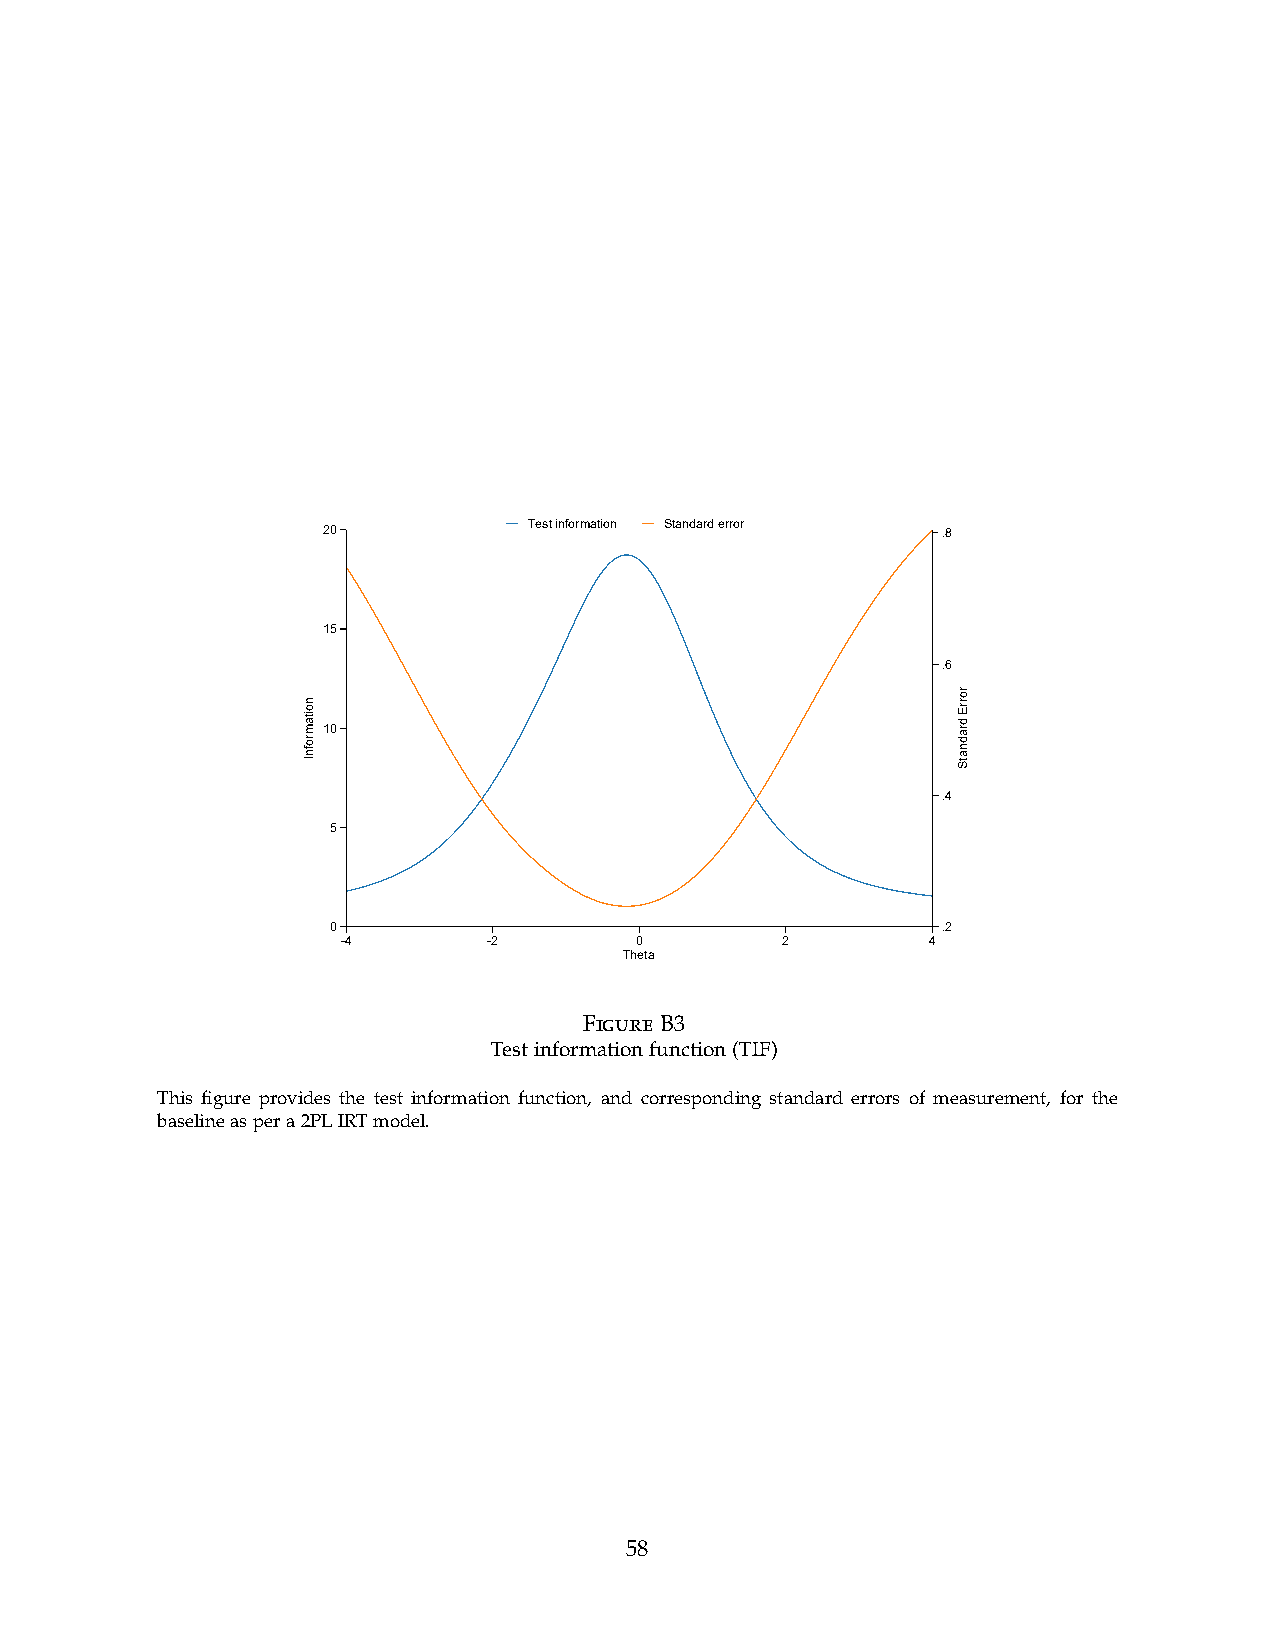
20            Test information Standard error .8
 15
 .6
 10
 .4
 5
 0                                       .2
 -4       -2        0         2         4
 Theta
 Figure
 B3
 Test information function (TIF)
 This fgure provides the test information function, and corresponding standard errors of measurement, for the
 baseline as per a 2PL IRT model.
 58
 noitamrofnI
 rorrE
 dradnatS